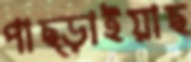
পাছ্‌ড়াইয়াছ